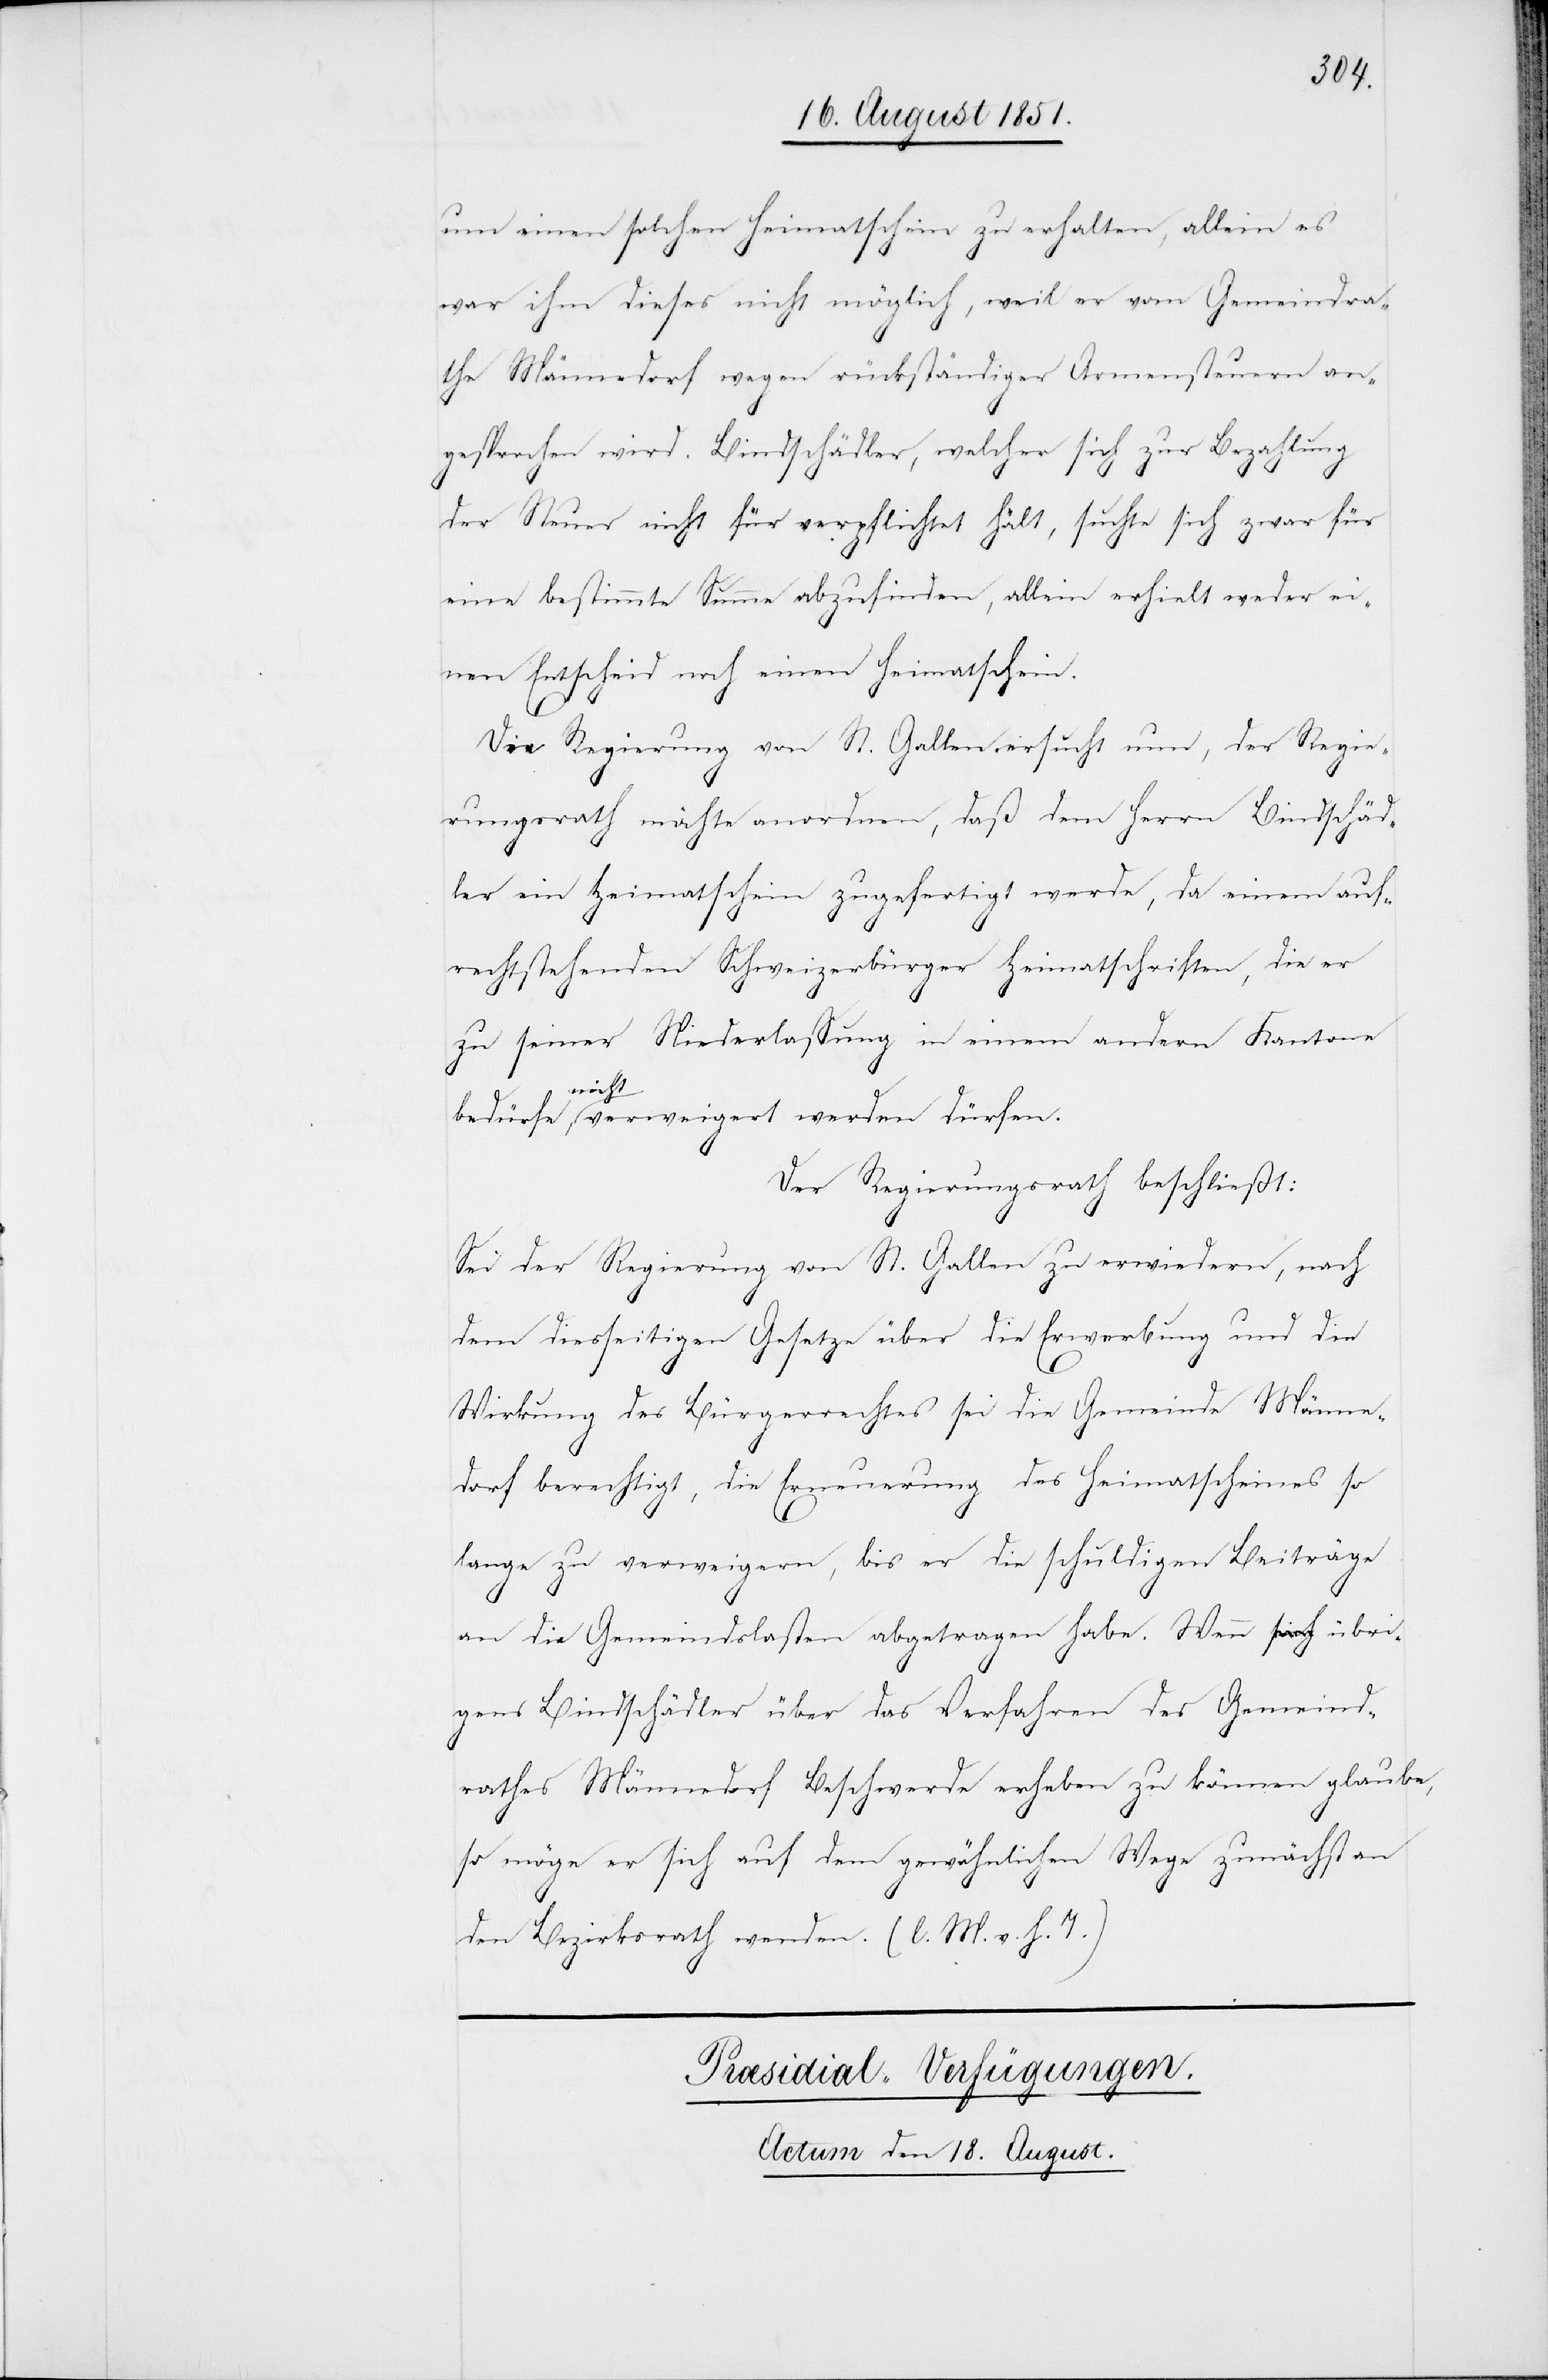
um einen solchen Heimatschein zu erhalten, allein es
war ihm dieses nicht möglich, weil er vom Gemeindra¬
the Männedorf wegen rückständiger Armensteuern an¬
gesprochen wird. Bindschädler, welcher sich zur Bezahlung
der Steuer nicht für verpflichtet hält, suchte sich zwar für
eine bestimmte Summe abzufinden, allein erhielt weder ei¬
nen Entscheid noch einen Heimatschein.
Die Regierung von St. Gallen ersucht nun, der Regie¬
rungsrath möchte anordnen, daß dem Herrn Bindschäd¬
ler ein Heimatschein zugefertigt werde, da einem auf¬
rechtstehenden Schweizerbürger Heimatschriften, die er
zu seiner Niederlassung in einem andern Kantone
bedürfe, nicht verweigert werden dürfen.
Der Regierungsrath beschließt:
Sei der Regierung von St. Gallen zu erwiedern, nach
dem diesseitigen Gesetze über die Erwerbung und die
Wirkung des Bürgerrechtes sei die Gemeinde Männe¬
dorf berechtigt, die Erneuerung des Heimatscheines so
lange zu verweigern, bis er die schuldigen Beiträge
an die Gemeindslasten abgetragen habe. Wenn übri¬
gens Bindschädler über das Verfahren des Gemeind¬
rathes Männedorf Beschwerde erheben zu können glaube,
so möge er sich auf dem gewöhnlichen Wege zunächst an
den Bezirksrath wenden. (l. M. v. h. T.)
Præsidial-Verfügungen.
Actum den 18. August.